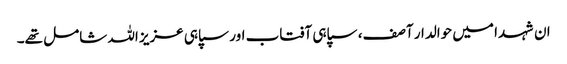
ان شہدا میں حوالدار آصف، سپاہی آفتاب اور سپاہی عزیز اللہ شامل تھے۔